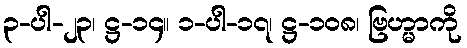
၃-ပါ-၂၃၊ ဋ္ဌ-၁၄။ ၁-ပါ-၁၇၊ ဋ္ဌ-၁၀၈၊ ဗြဟ္မာကို